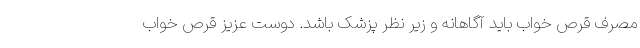
مصرف قرص خواب باید آگاهانه و زیر نظر پزشک باشد. دوست عزیز قرص خواب